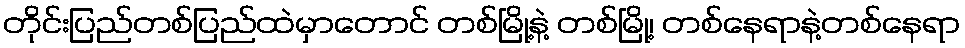
တိုင်းပြည်တစ်ပြည်ထဲမှာတောင် တစ်မြို့နဲ့ တစ်မြို့၊ တစ်နေရာနဲ့တစ်နေရာ